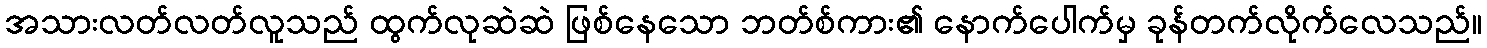
အသားလတ်လတ်လူသည် ထွက်လုဆဲဆဲ ဖြစ်နေသော ဘတ်စ်ကား၏ နောက်ပေါက်မှ ခုန်တက်လိုက်လေသည်။